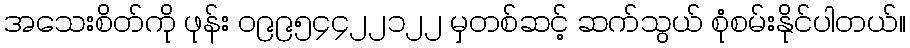
အသေးစိတ်ကို ဖုန်း ၀၉၉၅၄၄၂၂၁၂၂ မှတစ်ဆင့် ဆက်သွယ် စုံစမ်းနိုင်ပါတယ်။